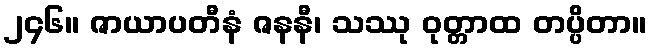
၂၄၆။ ဇာယာပတီနံ ဇနနီ၊ သဿု ဝုတ္တာထ တပ္ပိတာ။